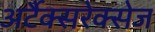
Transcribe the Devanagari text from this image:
अर्टैक्सरेक्सेज